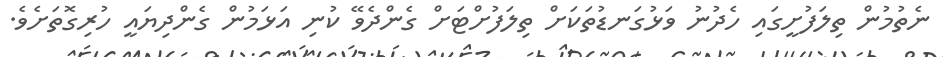
ނެތުމުން ތިލަފުށީގައި ހެދުނު ވަޅުގަނޑުތަކަށް ތިލަފުށްޓަށް ގެންދެވޭ ކުނި އަޅަމުން ގެންދިޔައީ ހުރިގޮތަށެވެ.